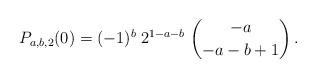
LaTeX: \begin{align*} P_{a,b,2}(0)=(-1)^b \; 2^{1-a-b} \;\binom{-a}{-a-b+1}\,.\end{align*}